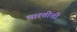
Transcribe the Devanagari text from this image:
भारतीची